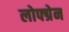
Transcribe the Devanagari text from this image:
लोफ्ग्रेन